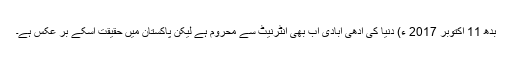
بدھ 11 اکتوبر 2017 ء) دنیا کی آدھی آبادی اب بھی انٹرنیٹ سے محروم ہے لیکن پاکستان میں حقیقت اسکے بر عکس ہے۔